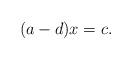
LaTeX: \begin{align*}(a-d)x=c.\end{align*}